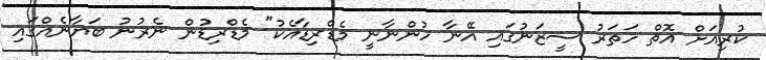
ކުރިއަށް އޮތް ހަތަރު ސީޒަނުގައި އޭނާ ހުންނާނީ މެޑްރިޑާއެކު" މެޑްރިޑުން ނެރުނު ބަޔާނެއްގައި